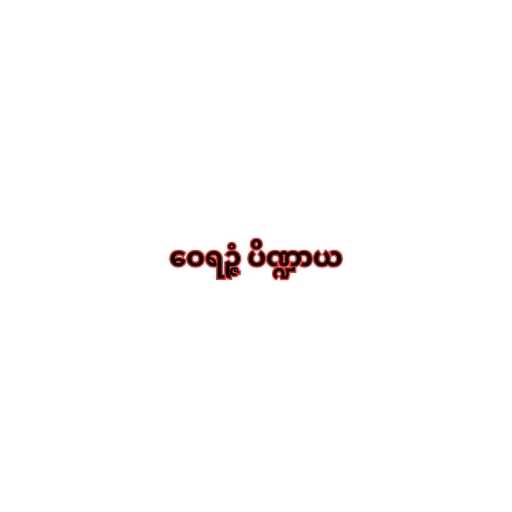
ဝေရဉ္ဇံ ပိဏ္ဍာယ